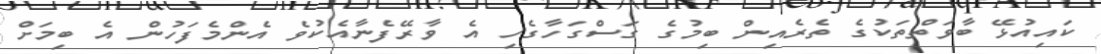
ކައިއުޅޭ ބާވަތްތަކުގެ ތެރެއިން ބިމުގެ ގަސްގަހާގެހި އެ ވާރޭފެނާއެކުވެ އެންމެފަހުން އެ ބިމަށް